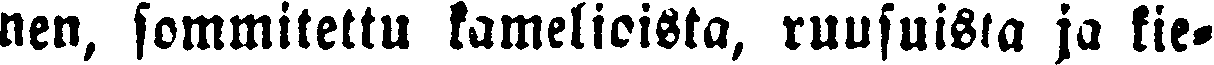
nen, sommitettu kamelioista, ruusuista ja kie-